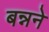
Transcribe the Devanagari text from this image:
बन्नने